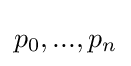
p_{0},...,p_{n}